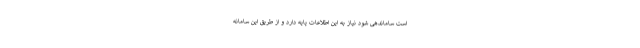
است ساماندهی شود نیاز به این اطلاعات پایه دارد و از طریق این سامانه